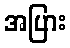
အပြား